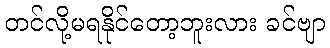
တင်လို့မရနိုင်တော့ဘူးလား ခင်ဗျာ